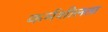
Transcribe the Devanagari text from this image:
कर्मशीलता